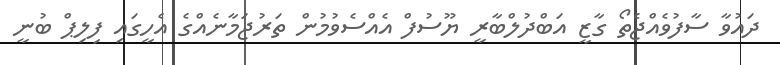
ދައުވާ ސާފުވެއްޖެތޯ ގާޒީ އަބްދުލްބާރީ ޔޫސުފް އެއްސެވުމުން ތަރުޖަމާނެއްގެ އެހީގައި ފިލިޕް ބުނީ